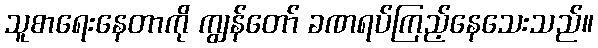
သူစာရေးနေတာကို ကျွန်တော် ခဏရပ်ကြည့်နေသေးသည်။